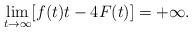
LaTeX: \begin{align*} \lim_{t\rightarrow \infty} [f(t)t-4F(t)]=+\infty. \end{align*}